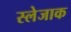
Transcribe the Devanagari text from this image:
स्लेजाक